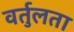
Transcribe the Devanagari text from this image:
वर्तुलता